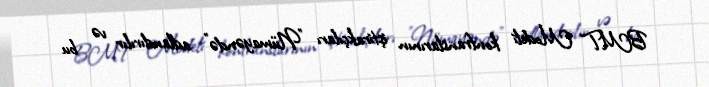
BMT Modeli konfranslarının iştirakçıları "Nümayəndə" adlandırılır və bu